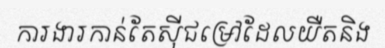
ការងារកាន់តែស៊ីជម្រៅដែលយឺតនិង